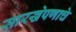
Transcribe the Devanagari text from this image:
सारखेपणाचे